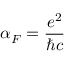
\alpha _ { F } = \frac { e ^ { 2 } } { \hbar c }